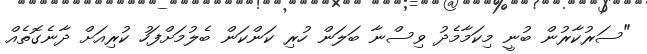
"ސަރުކާރުން ބުނީ މިކަމާމެދު ވިސްނާ ބަލަން ހުރި ކަންކަން ބެލުމަށްފަހު ކުރިއަށް ދާނެގޮތެއް